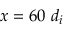
x = 6 0 \ d _ { i }